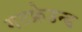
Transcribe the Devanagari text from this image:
गटफ्रेउन्ड